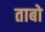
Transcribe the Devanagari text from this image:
ताबो